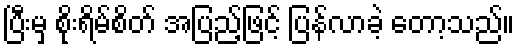
ပြီးမှ စိုးရိမ်စိတ် အပြည့်ဖြင့် ပြန်လာခဲ့ တော့သည်။